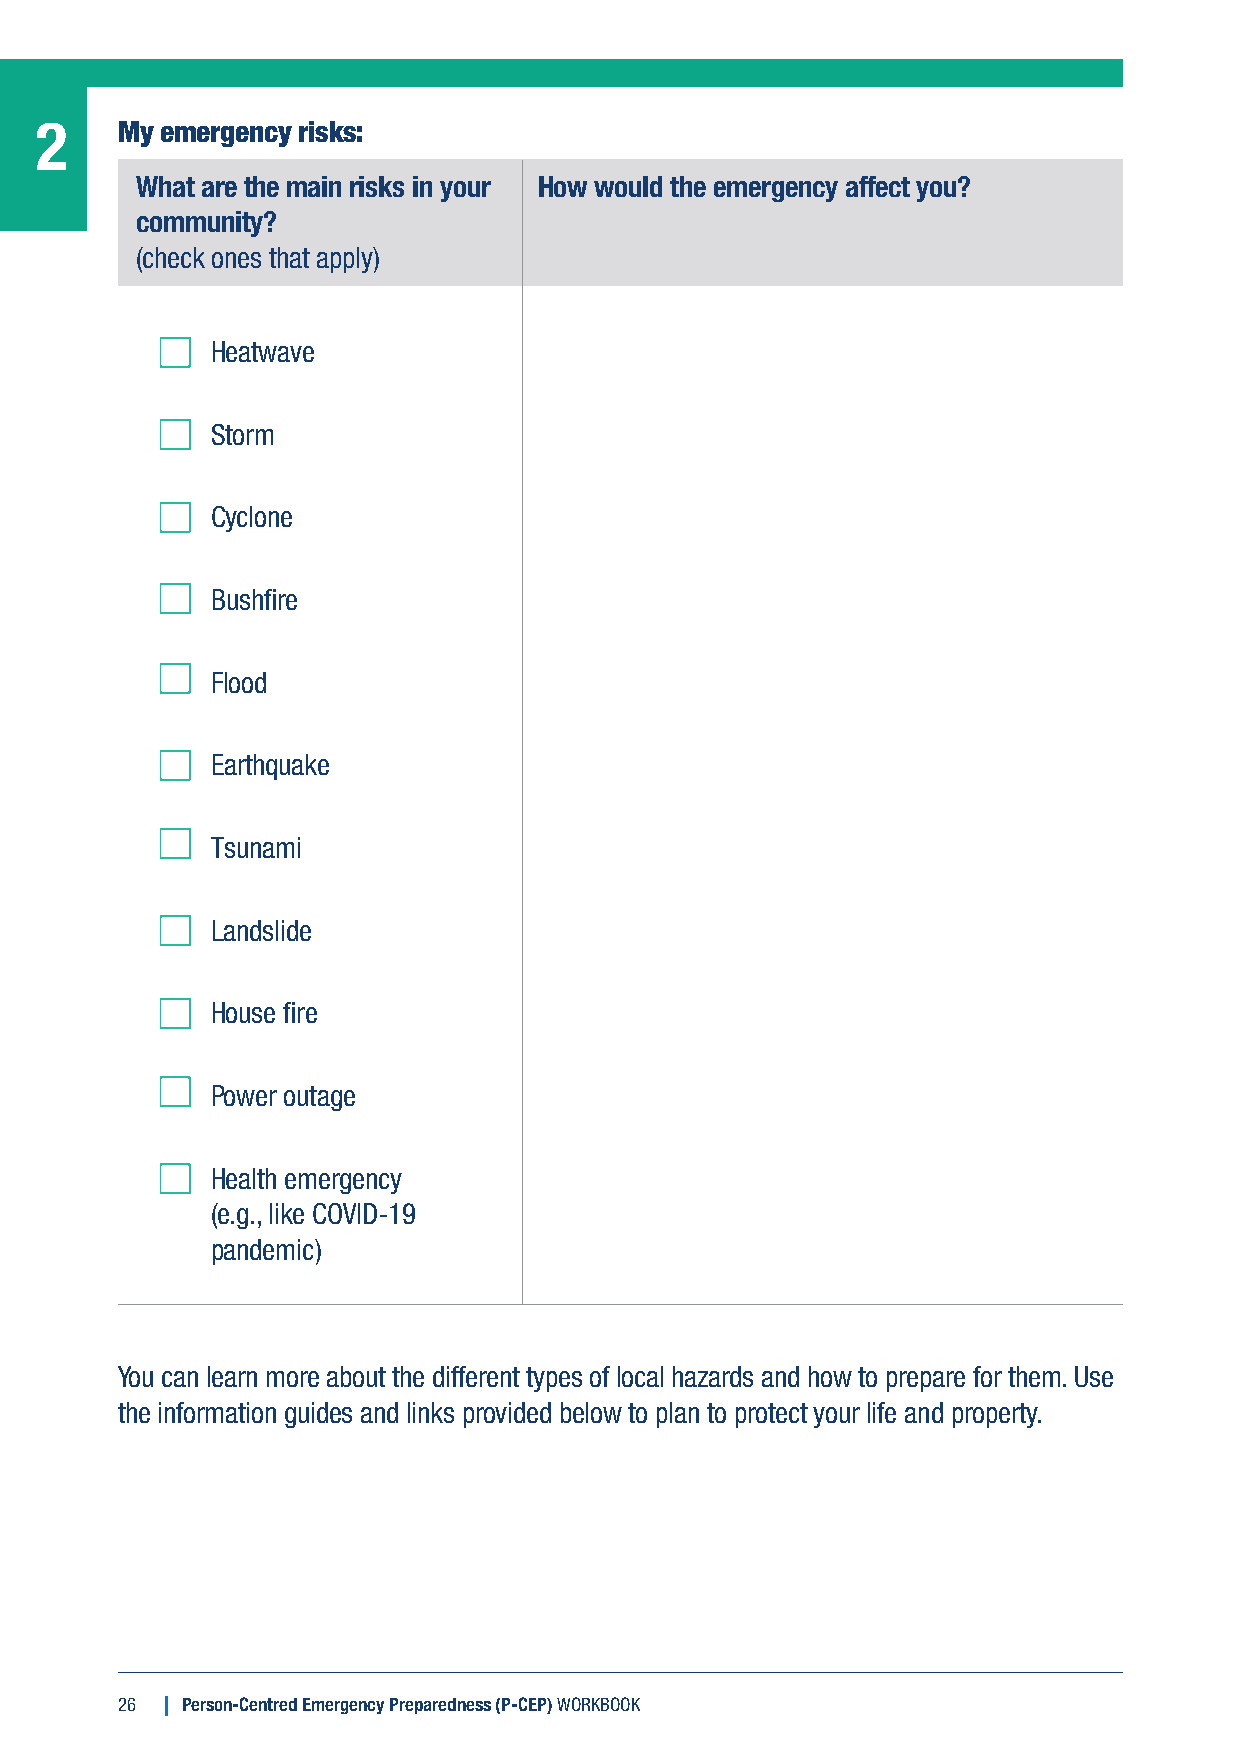
2     My emergency risks:
 What are the main risks in your How would the emergency affect you?
 community?
 (check ones that apply)
 Heatwave
 Storm
 Cyclone
 Bushfire
 Flood
 Earthquake
 Tsunami
 Landslide
 House fire
 Power outage
 Health emergency
 (e.g., like COVID-19
 pandemic)
 You can learn more about the different types of local hazards and how to prepare for them. Use
 the information guides and links provided below to plan to protect your life and property.
 26  Person-Centred Emergency Preparedness (P-CEP) WORKBOOK